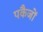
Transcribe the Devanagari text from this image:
पकैजों